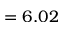
= 6 . 0 2